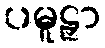
ပမူဠှာ